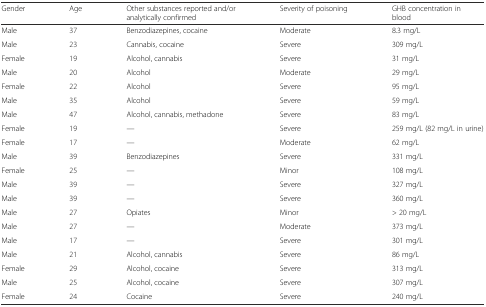
<table><thead><tr><td><b>Gender</b></td><td><b>Age</b></td><td><b>Other substances reported and/or analytically confirmed</b></td><td><b>Severity of poisoning</b></td><td><b>GHB concentration in blood</b></td></tr></thead><tbody><tr><td>Male</td><td>37</td><td>Benzodiazepines, cocaine</td><td>Moderate</td><td>8.3 mg/L</td></tr><tr><td>Male</td><td>23</td><td>Cannabis, cocaine</td><td>Severe</td><td>309 mg/L</td></tr><tr><td>Female</td><td>19</td><td>Alcohol, cannabis</td><td>Severe</td><td>31 mg/L</td></tr><tr><td>Male</td><td>20</td><td>Alcohol</td><td>Moderate</td><td>29 mg/L</td></tr><tr><td>Female</td><td>22</td><td>Alcohol</td><td>Severe</td><td>95 mg/L</td></tr><tr><td>Male</td><td>35</td><td>Alcohol</td><td>Severe</td><td>59 mg/L</td></tr><tr><td>Male</td><td>47</td><td>Alcohol, cannabis, methadone</td><td>Severe</td><td>83 mg/L</td></tr><tr><td>Female</td><td>19</td><td>—</td><td>Severe</td><td>259 mg/L (82 mg/L in urine)</td></tr><tr><td>Female</td><td>17</td><td>—</td><td>Moderate</td><td>62 mg/L</td></tr><tr><td>Male</td><td>39</td><td>Benzodiazepines</td><td>Severe</td><td>331 mg/L</td></tr><tr><td>Female</td><td>25</td><td>—</td><td>Minor</td><td>108 mg/L</td></tr><tr><td>Male</td><td>39</td><td>—</td><td>Severe</td><td>327 mg/L</td></tr><tr><td>Male</td><td>39</td><td>—</td><td>Severe</td><td>360 mg/L</td></tr><tr><td>Male</td><td>27</td><td>Opiates</td><td>Minor</td><td>&gt; 20 mg/L</td></tr><tr><td>Male</td><td>27</td><td>—</td><td>Moderate</td><td>373 mg/L</td></tr><tr><td>Male</td><td>17</td><td>—</td><td>Severe</td><td>301 mg/L</td></tr><tr><td>Male</td><td>21</td><td>Alcohol, cannabis</td><td>Severe</td><td>86 mg/L</td></tr><tr><td>Female</td><td>29</td><td>Alcohol, cocaine</td><td>Severe</td><td>313 mg/L</td></tr><tr><td>Male</td><td>25</td><td>Alcohol, cocaine</td><td>Severe</td><td>307 mg/L</td></tr><tr><td>Female</td><td>24</td><td>Cocaine</td><td>Severe</td><td>240 mg/L</td></tr></tbody></table>